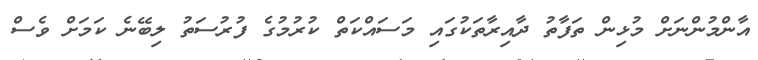
އާންމުންނަށް މުޅިން ތަފާތު ދާއިރާތަކުގައި މަސައްކަތް ކުރުމުގެ ފުރުސަތު ލިބޭނެ ކަމަށް ވެސް